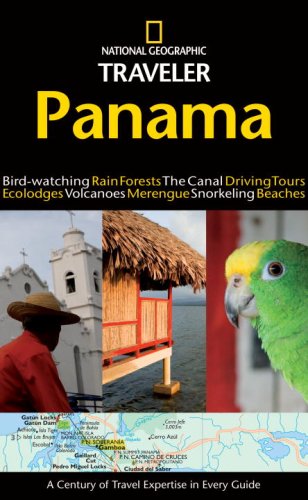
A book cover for National Geographic Traveler: Panama; Christopher Baker; Travel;